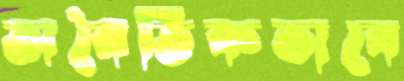
অনৈতিকভাবে